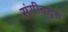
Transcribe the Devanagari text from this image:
संगीतगुरु